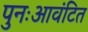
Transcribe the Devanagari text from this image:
पुनःआवंटित